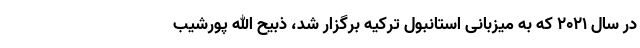
در سال ۲۰۲۱ که به میزبانی استانبول ترکیه برگزار شد، ذبیح الله پورشیب